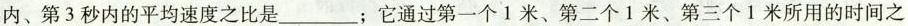
内、第3秒内的平均速度之比是___；它通过第一个1米、第二个1米、第三个1米所用的时间之